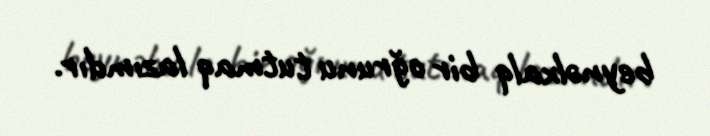
beynəlxalq bir oğrunu tutmaq lazımdır.